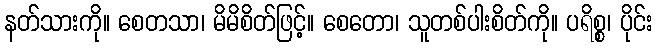
နတ်သားကို။ စေတသာ၊ မိမိစိတ်ဖြင့်။ စေတော၊ သူတစ်ပါးစိတ်ကို။ ပရိစ္စ၊ ပိုင်း